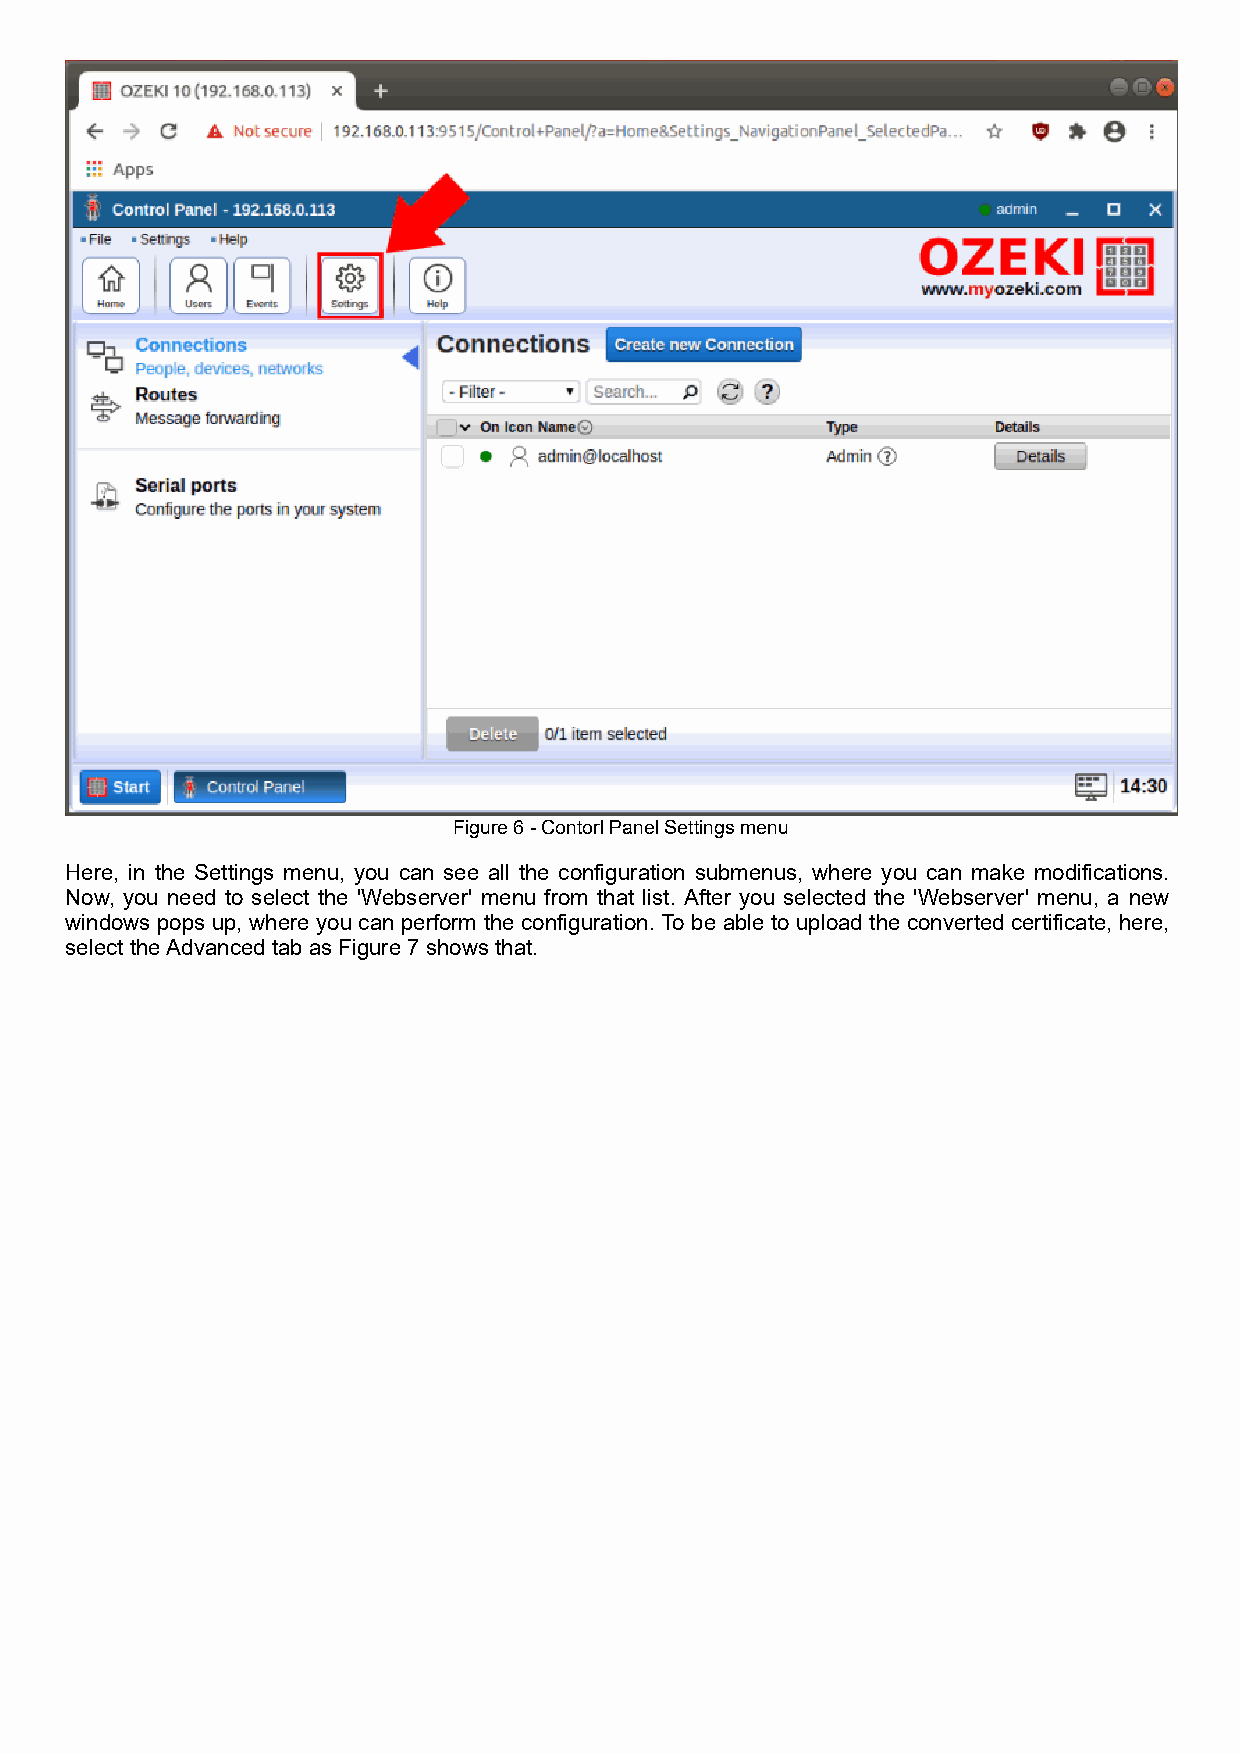
Figure 6 - Contorl Panel Settings menu
 Here, in the Settings menu, you can see all the configuration submenus, where you can make modifications.
 Now, you need to select the 'Webserver' menu from that list. After you selected the 'Webserver' menu, a new
 windows pops up, where you can perform the configuration. To be able to upload the converted certificate, here,
 select the Advanced tab as Figure 7 shows that.